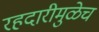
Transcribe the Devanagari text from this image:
रहदारीमुळेच